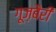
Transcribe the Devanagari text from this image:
गूज़बैरी